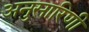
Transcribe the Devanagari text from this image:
अनुसारिणी